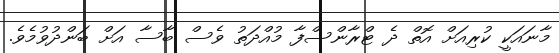
މާނައަކީ ކުރިއަށް އޮތް ދެ ޓްރާންސްފާ މުއްދަތު ވެސް ބާސާ އަށް ބަންދުވުމެވެ.